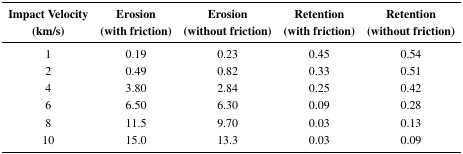
<table><thead><tr><td><b>Impact Velocity (km/s)</b></td><td><b>Erosion (with friction)</b></td><td><b>Erosion (without friction)</b></td><td><b>Retention (with friction)</b></td><td><b>Retention (without friction)</b></td></tr></thead><tbody><tr><td>1</td><td>0.19</td><td>0.23</td><td>0.45</td><td>0.54</td></tr><tr><td>2</td><td>0.49</td><td>0.82</td><td>0.33</td><td>0.51</td></tr><tr><td>4</td><td>3.80</td><td>2.84</td><td>0.25</td><td>0.42</td></tr><tr><td>6</td><td>6.50</td><td>6.30</td><td>0.09</td><td>0.28</td></tr><tr><td>8</td><td>11.5</td><td>9.70</td><td>0.03</td><td>0.13</td></tr><tr><td>10</td><td>15.0</td><td>13.3</td><td>0.03</td><td>0.09</td></tr></tbody></table>